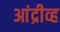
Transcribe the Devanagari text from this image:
आंद्रीव्ह